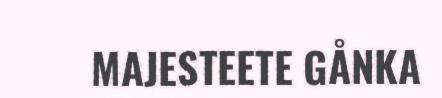
MAJESTEETE GÅNKA